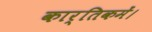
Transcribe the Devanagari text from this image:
कार्तिकमें।